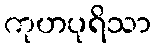
ကုဟပုရိသာ